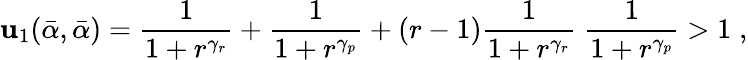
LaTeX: \mathbf{u}_{1}(\bar{{\alpha}},\bar{{\alpha}})=\frac{{1}}{{1+r^{\gamma_{r}}}}+\frac{{1}}{{1+r^{\gamma_{p}}}}+(r-1)\frac{{1}}{{1+r^{\gamma_{r}}}}\; \frac{{1}}{{1+r^{\gamma_{p}}}}>1\; ,